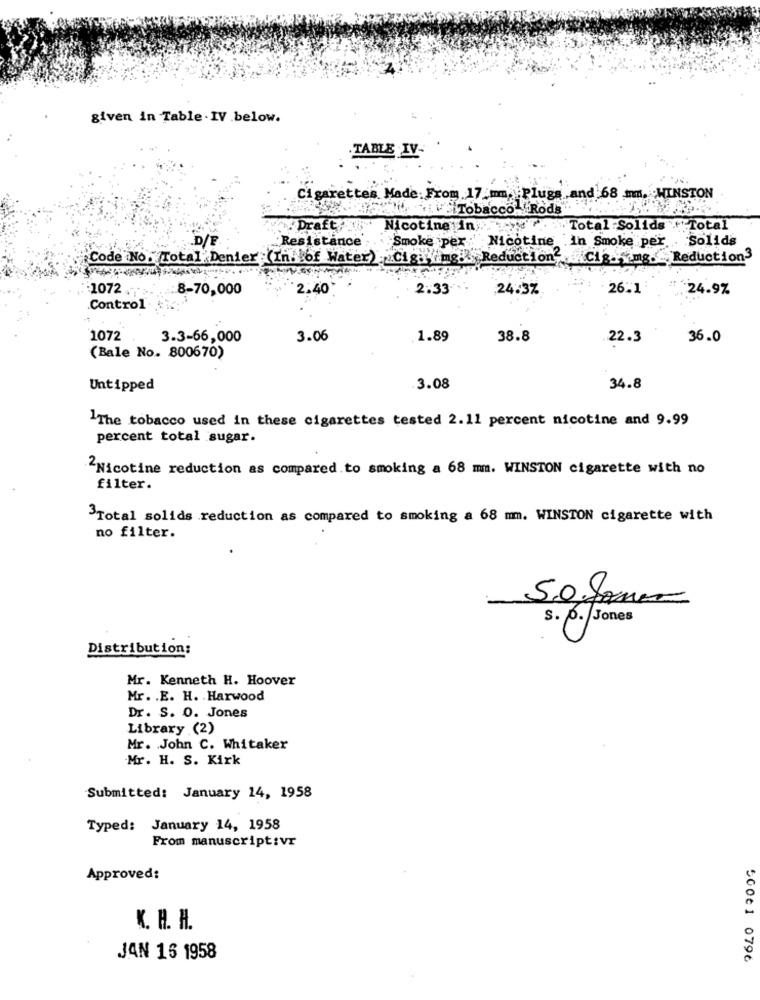
given in Table . IV .below.
.TABLE IV-
Cigarettes Made: From 17 mm. Plugs ,and 68 mm. WINSTON
Tobacco. Rods
: Draft.
Nicotine In ;.
"Total :Solids +Total
Resistance
Smoke pex Nicotine In Smoke per
Solids
-D/F
Code No. Total Denier (In. of Water) Cig: mg: Reduction Cig. img. _ Reduction3
1072 .
8-70,000
2.40
2.33
24.3%
26.1
24.97
Control
1072
3.3-66,000
3.06
1.89
38.8
22.3
36.0
(Bale No. 800670)
Untipped
.3.08
34.8
The tobacco used in these cigarettes tested 2.11 percent nicotine and 9.99
percent total sugar.
"Nicotine reduction as compared to smoking a 68 mm. WINSTON cigarette with no
filter.
3Total solids reduction as compared to smoking a 68 mm. WINSTON cigarette with
no filter.
5.0.James
s. p. Jones
Distribution:
Mr. Kenneth H. Hoover
Mr. . E. H. . Harwood
Dr. S. O. Jones
Library (2)
Mr. John C. Whitaker
Mr. H. S. Kirk
Submitted: January 14, 1958
Typed: January 14, 1958
From manuscript:vr
Approved:
K. H. H.
JAN 16 1958
50001 0796